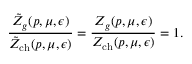
\frac { \tilde { Z } _ { g } ( p , \mu , \epsilon ) } { \tilde { Z } _ { \mathrm { c h } } ( p , \mu , \epsilon ) } = \frac { Z _ { g } ( p , \mu , \epsilon ) } { Z _ { \mathrm { c h } } ( p , \mu , \epsilon ) } = 1 .